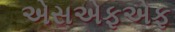
એસએફએફ